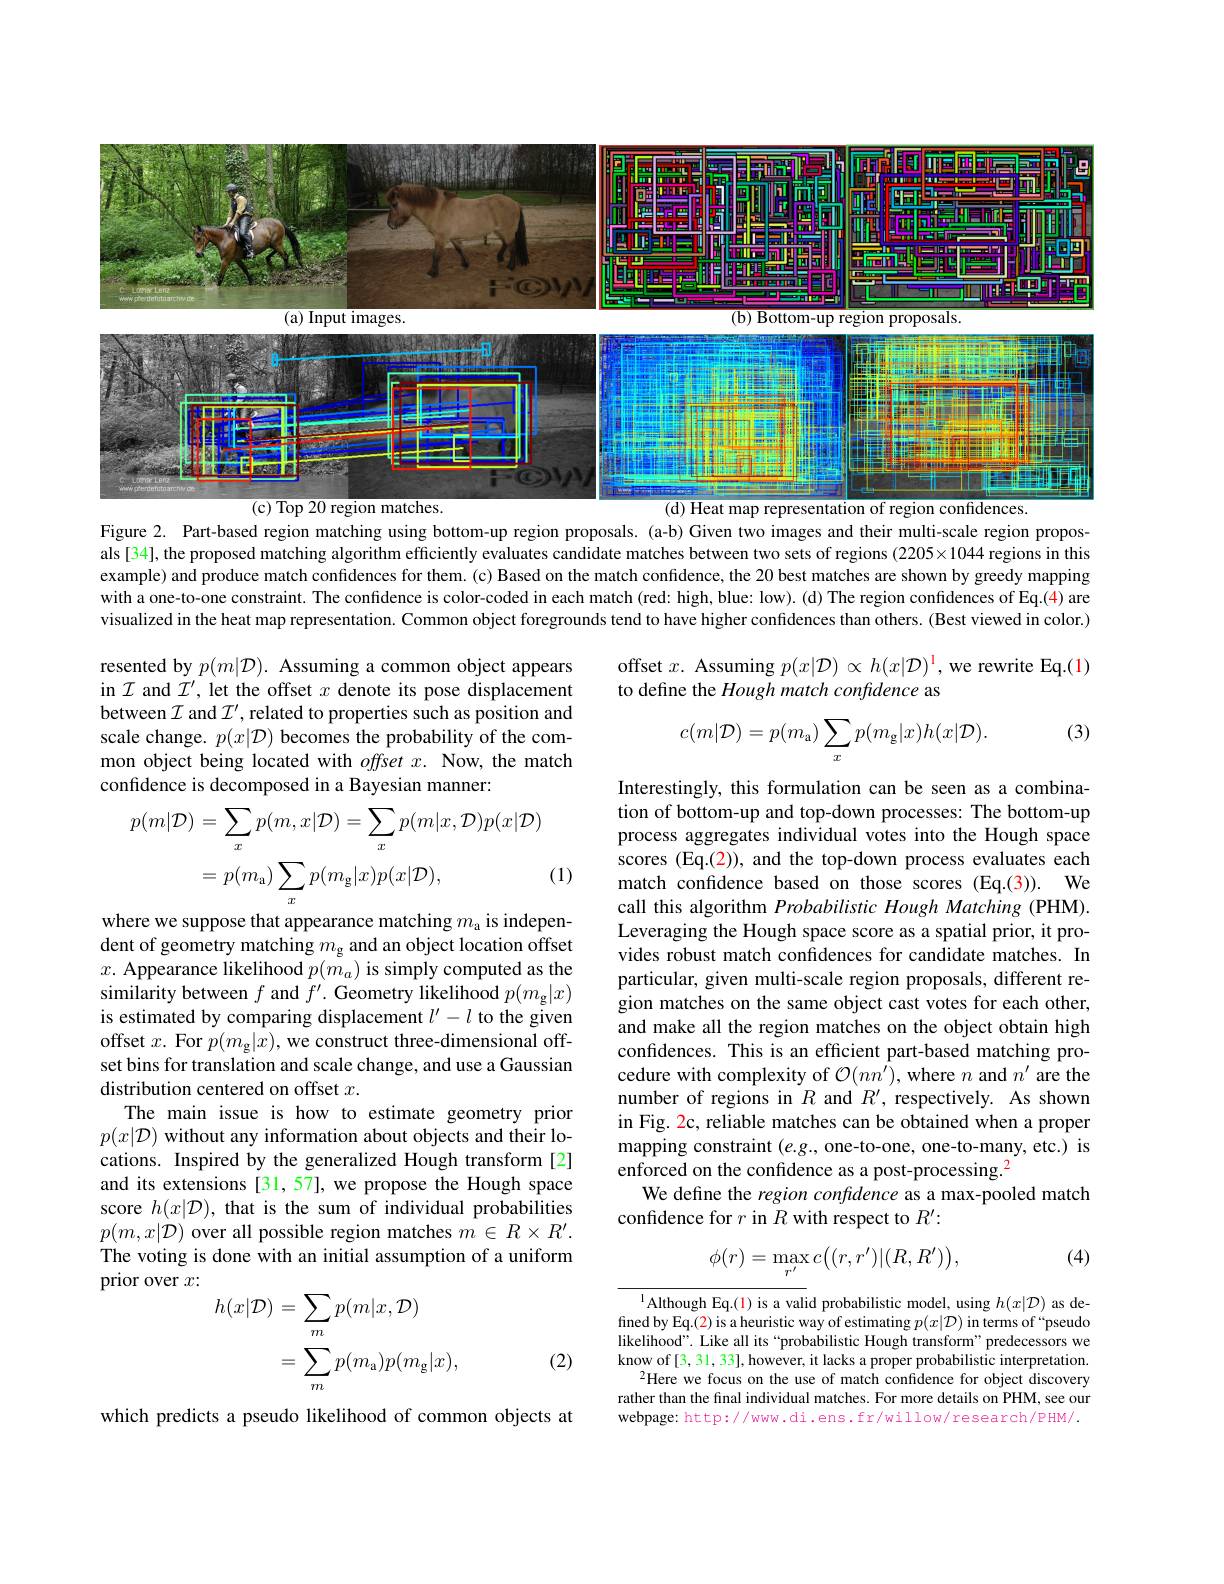
<FigureHere>

region
map representation of region confidences.

Figure 2. Part-based region matching using bottom-up region proposals.(a-b) Given two images and their multi-scale region propos-

als[34], the proposed matching algorithm efficiently evaluates candidate matches between two sets of regions (2205×1044 regions in this example) and produce match confidences for them. (c) Based on the match confidence, the 20 best matches are shown by greedy mapping with a one-to-one constraint. The confidence is color-coded in each match (red: high, blue: low). (d) The region confidences of Eq.(4) are visualized in the heat map representation. Common object foregrounds tend to have higher confidences than others. (Best viewed in color.)

offset $x.$ Assuming $p( x| \mathcal{D} ) \propto h( x| \mathcal{D} ) ^{\mathrm{l} }$, we rewrite Eq.(1)
to define the Hough match confidence as

resented by $p(m|\mathcal{D}).$ Assuming a common object appears in $\mathcal{I}$ and $\mathcal{I}^\prime$, let the offset $x$ denote its pose displacement between $\mathcal{I}$ and $\mathcal{I}^\prime$, related to properties such as position and scale change. $p(x|\mathcal{D})$ becomes the probability of the common object being located with $offsetx.$ Now, the match confidence is decomposed in a Bayesian manner:

(3)
$$c(m|\mathcal{D})=p(m_{\mathrm{a}})\sum_{x}p(m_{\mathrm{g}}|x)h(x|\mathcal{D}).$$
$$\begin{aligned}p(m|\mathcal{D})&=\sum_{x}p(m,x|\mathcal{D})=\sum_{x}p(m|x,\mathcal{D})p(x|\mathcal{D})\\&=p(m_{\mathrm{a}})\sum_{x}p(m_{\mathrm{g}}|x)p(x|\mathcal{D}),\end{aligned}$$
(1)

Interestingly, this formulation can be seen as a combination of bottom-up and top-down processes: The bottom-up process aggregates individual votes into the Hough space scores (Eq.(2)), and the top-down process evaluates each match confidence based on those scores (Eq.(3)). We call this algorithm Probabilistic Hough Matching (PHM). Leveraging the Hough space score as a spatial prior, it provides robust match confidences for candidate matches. In particular, given multi-scale region proposals, different region matches on the same object cast votes for each other, and make all the region matches on the object obtain high confidences. This is an efficient part-based matching procedure with complexity of $\mathcal{O}(nn^\prime)$, where $n$ and $n^\prime$ are the number of regions in $R$ and $R^\prime$, respectively. As shown in Fig. 2c, reliable matches can be obtained when a proper mapping constraint $(e.g.$, one-to-one, one-to-many, etc.) is enforced on the confidence as a post-processing.$^{2}$
We define the region confidence as a max-pooled match
confidence for $r$ in $R$ with respect to $R^\prime:$

where we suppose that appearance matching $m_\mathrm{a}$ is independent of geometry matching $m_\mathrm{g}$ and an object location offset $x.$ Appearance likelihood $p(\bar{m_a})$ is simply computed as the $\begin{array}{l}\text{similarity between }f\mathrm{~and~}f^{\prime}.\text{ Geometry likelihood }p(m_{\mathrm{g}}|x)\\\text{is estimated by comparing displacement }l^{\prime}-l\mathrm{~to~the~given}\end{array}$ offset $x.$ For $p(m_{\mathfrak{g}}|x)$, we construct three-dimensional offset bins for translation and scale change, and use a Gaussian distribution centered on offset $x.$
The main issue is how to estimate geometry prior $p(x|\mathcal{D})$ without any information about objects and their locations. Inspired by the generalized Hough transform [2] and its extensions [31,57], we propose the Hough space score $h(x|\mathcal{D})$, that is the sum of individual probabilities $p(m,x|\mathcal{D})$ over all possible region matches $m\in R\times R^\prime.$ The voting is done with an initial assumption of a uniform prior over $x:$
$$\begin{aligned}h(x|\mathcal{D})&=\sum_mp(m|x,\mathcal{D})\\&=\sum_mp(m_\mathrm{a})p(m_\mathrm{g}|x),\end{aligned}$$
$$\phi(r)=\max\limits_{r'}c\bigl((r,r')|(R,R')\bigr),$$
(4)

(2)

$^{1}$Although Eq.(1) is a valid probabilistic model, using $h(x|\mathcal{D})$ as defined by Eq.(2) is a heuristic way of estimating $p(x|\mathcal{D})$ in terms of “pseudolikelihood”. Like all its“probabilistic Hough transform” predecessors we know of [ 3, 31, 33] , however, it lacks a proper probabilistic interpretation.
$^{2}$Here we focus on the use of match confidence for object discovery rather than the final individual matches. For more details on PHM, see our webpage: http://www.di.ens.fr/willow/research/PHM/.

which predicts a pseudo likelihood of common objects at